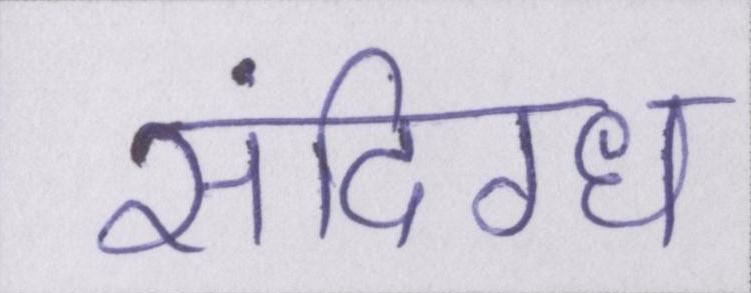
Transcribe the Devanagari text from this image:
संदिग्ध